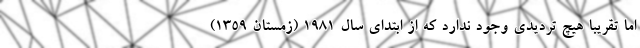
اما تقریباً هیچ تردیدی وجود ندارد که از ابتدای سال ۱۹۸۱ (زمستان ۱۳۵۹)